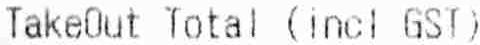
TAKEOUT TOTAL (INCL GST)